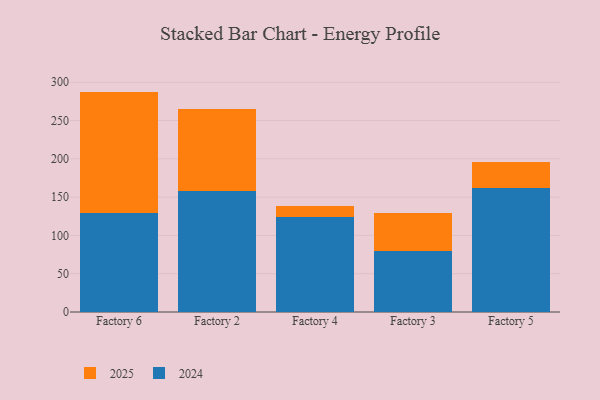
{"axis": {"x": "Factory", "y": "Revenue (USD Million)"}, "legend": ["2024", "2025"], "data": [{"x": "Factory 6", "y": 129.5, "type": "2024"}, {"x": "Factory 6", "y": 158.3, "type": "2025"}, {"x": "Factory 2", "y": 157.4, "type": "2024"}, {"x": "Factory 2", "y": 108.1, "type": "2025"}, {"x": "Factory 4", "y": 123.9, "type": "2024"}, {"x": "Factory 4", "y": 14.3, "type": "2025"}, {"x": "Factory 3", "y": 79.7, "type": "2024"}, {"x": "Factory 3", "y": 49.3, "type": "2025"}, {"x": "Factory 5", "y": 162.1, "type": "2024"}, {"x": "Factory 5", "y": 34.1, "type": "2025"}]}